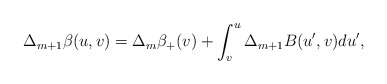
\begin{align*} \Delta_{m+1}\beta(u,v)=\Delta_{m}\beta_+(v)+\int_v^u\Delta_{m+1}B(u',v)du',\end{align*}